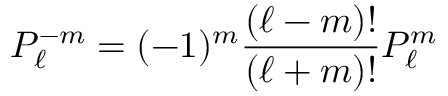
P _ { \ell } ^ { - m } = ( - 1 ) ^ { m } { \frac { ( \ell - m ) ! } { ( \ell + m ) ! } } P _ { \ell } ^ { m }